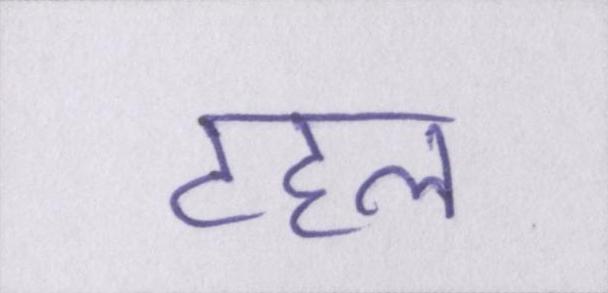
टहल